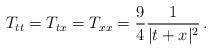
LaTeX: \begin{align*}T_{tt}=T_{tx}=T_{xx}=\frac{9}{4}\frac{1}{\vert t+x \vert^2}\,.\end{align*}